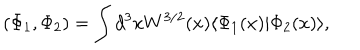
LaTeX: ( \Phi _ { 1 } , \Phi _ { 2 } ) = \int d ^ { 3 } x W ^ { 3 / 2 } ( x ) \langle \Phi _ { 1 } ( x ) | \Phi _ { 2 } ( x ) \rangle ,